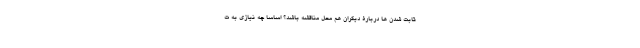
ثابت شدن ها دربارۀ دیگران هم محل مناقشه باشد؟ اساسا چه نیازی به ت